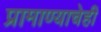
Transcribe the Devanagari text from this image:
प्रामाण्याचेही